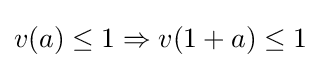
v(a)\leq 1\Rightarrow v(1+a)\leq 1\